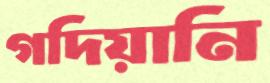
গদিয়ানি